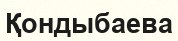
Қондыбаева